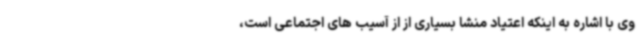
وی با اشاره به اینکه اعتیاد منشا بسیاری از از آسیب های اجتماعی است،